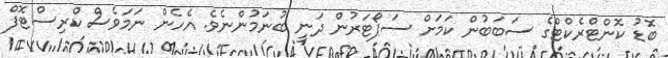
ބޮޑު ކޮންޓްރެކްޓްގެ ސަބަބުން ކަމަށް ސަޕޯޓަރުން ދަނީ ބުނަމުންނެވެ. އެހެން ނަމަވެސް ކްރިސްޓޮފް